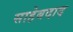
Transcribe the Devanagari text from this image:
साहेबदाद